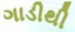
ગાડીથી